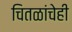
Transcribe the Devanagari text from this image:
चितळांचेही